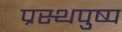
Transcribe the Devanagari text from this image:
प्रस्थपुष्प